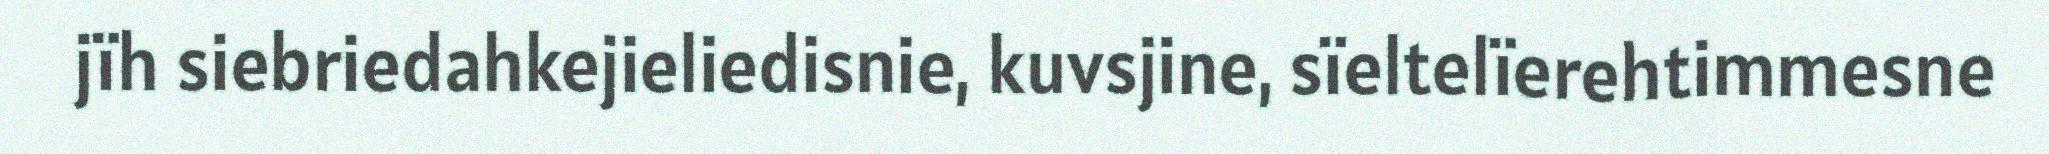
jïh siebriedahkejieliedisnie, kuvsjine, sïeltelïerehtimmesne